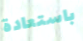
باستعادة